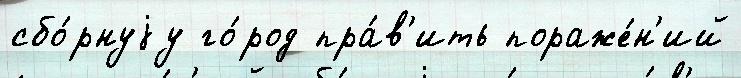
сбо́рнуjу го́род пра́в'ить пораже́н'ий